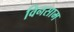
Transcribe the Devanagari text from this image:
विनसाम